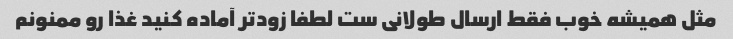
مثل همیشه خوب فقط ارسال طولانی ست لطفا زود‌تر آماده کنید غذا رو ممنونم